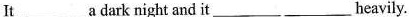
It___adark night and it___ ___heavily.